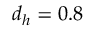
d _ { h } = 0 . 8